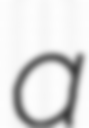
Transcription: a